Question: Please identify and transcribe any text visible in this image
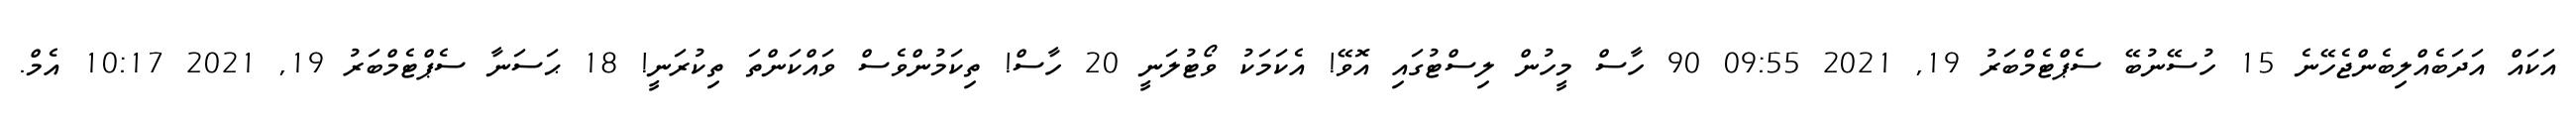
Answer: އަކައް އަދަބެއްލިބެންޖެހޭނެ 15 ހުސޭނުބޭ ސެޕްޓެމްބަރު 19, 2021 09:55 90 ހާސް މީހުން ލިސްޓުގައި އޮވޭ! އެކަމަކު ވޯޓުލަނީ 20 ހާސް! ތިކަމުންވެސް ވައްކަންތަ ތިކުރަނީ! 18 ޙަސަނާ ސެޕްޓެމްބަރު 19, 2021 10:17 އެމް.